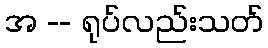
အ -- ရုပ်လည်းသတ်